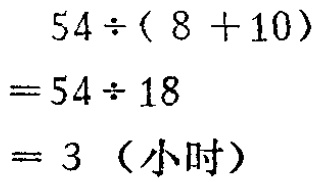
\[

\begin{align*}

&54\div(8 + 10)\\

=&54\div18\\

=&3 \text{（小时）}

\end{align*}

\]